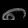
Digit: ၈